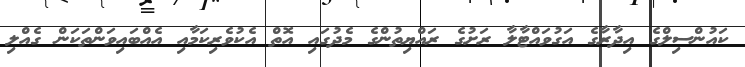
ކައުންސިލްގެ އިދާރާގެ އަގުވައްޓާލާ ރަށުގެ ރައްޔިތުންގެ މެދުގައި އޮތް އެކުވެރިކަމާއި އެއްބައިވަންތަކަން ގެއްލި